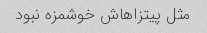
مثل پیتزاهاش خوشمزه نبود